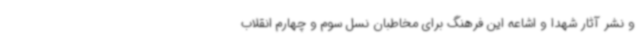
و نشر آثار شهدا و اشاعه این فرهنگ برای مخاطبان نسل سوم و چهارم انقلاب